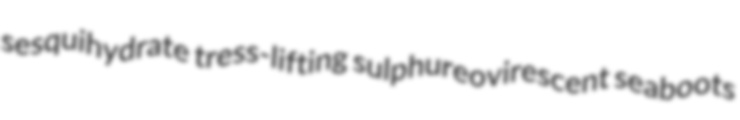
sesquihydrate tress-lifting sulphureovirescent seaboots